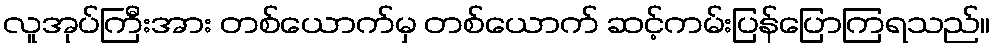
လူအုပ်ကြီးအား တစ်ယောက်မှ တစ်ယောက် ဆင့်ကမ်းပြန်ပြောကြရသည်။